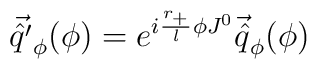
\vec{\hat{q}'}_{\phi}(\phi) = e^{i\frac{r_+}{l} \phi J^0}\vec{\hat{q}}_{\phi} ( \phi)